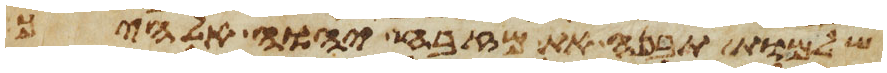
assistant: שלמות תבנה את מזבח יהוה אלהיך